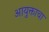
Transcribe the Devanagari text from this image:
आयुक्ताचा